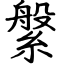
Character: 縏